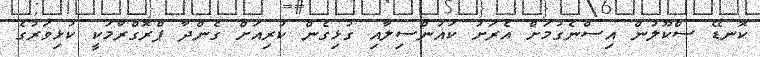
ކޮނޑޭ ސްކޫލުން އިސްނެގުމަށް އެރަށު ކައުންސިލާއި ގުޅިގެން ކުރިއަށް ގެންދާ ޕްރޮގްރާމަކީ ކުޅިވަރުގެ